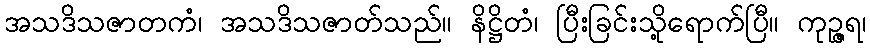
အသဒိသဇာတကံ၊ အသဒိသဇာတ်သည်။ နိဋ္ဌိတံ၊ ပြီးခြင်းသို့ရောက်ပြီ။ ကုဉ္ဇရ၊